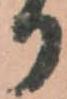
か